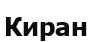
Киран